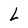
Character: L